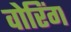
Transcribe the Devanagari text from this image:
वोरिंग